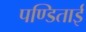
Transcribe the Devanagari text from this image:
पण्डिताई